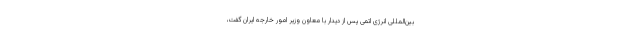
بین‌المللی انرژی اتمی پس از دیدار با معاون وزیر امور خارجه ایران گفت،